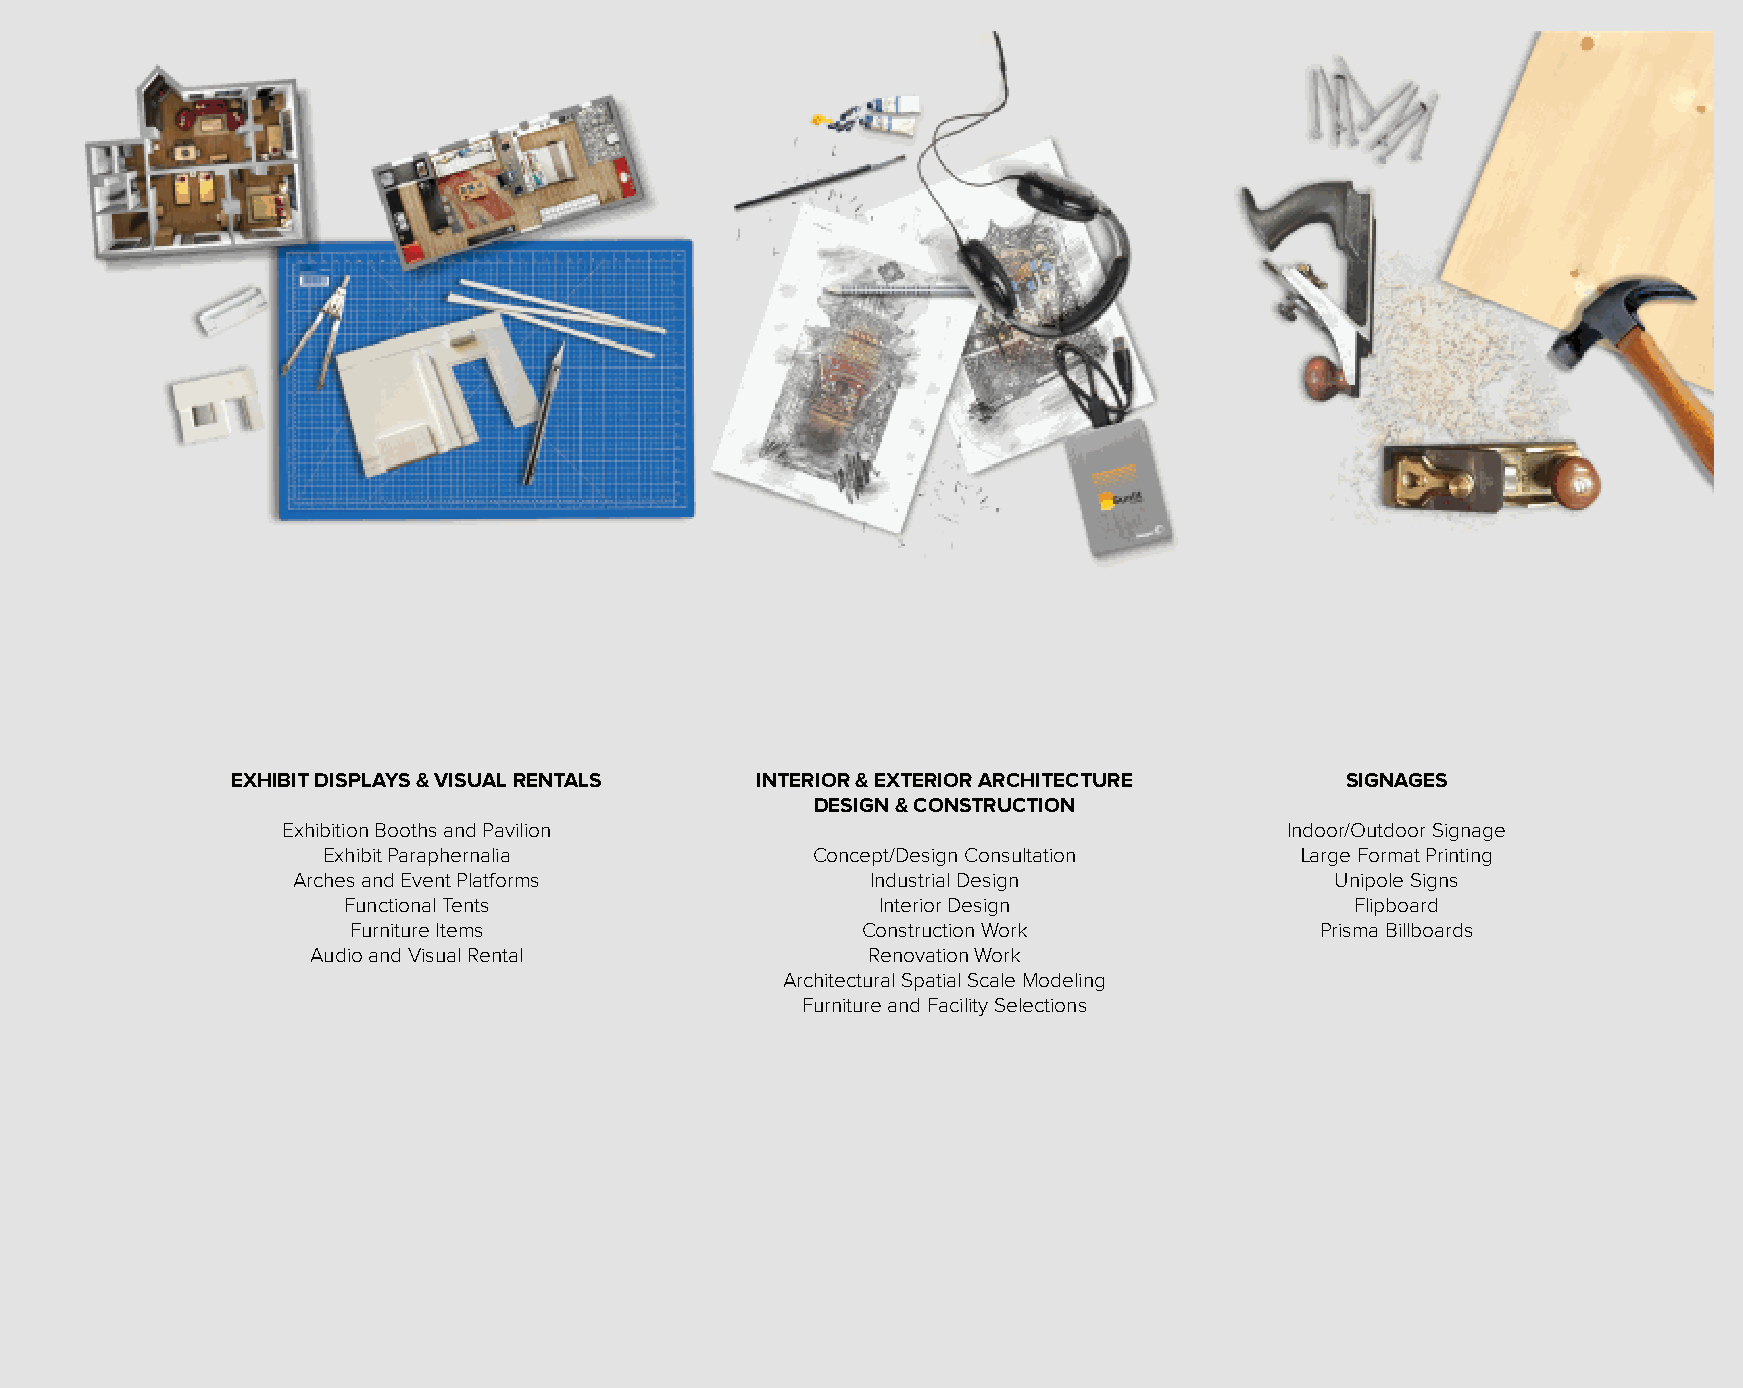
EXHIBIT DISPLAYS & VISUAL RENTALS  INTERIOR & EXTERIOR ARCHITECTURE       SIGNAGES
 DESIGN & CONSTRUCTION
 Exhibition Booths and Pavilion                                    Indoor/Outdoor Signage
 Exhibit Paraphernalia            Concept/Design Consultation     Large Format Printing
 Arches and Event Platforms             Industrial Design             Unipole Signs
 Functional Tents                   Interior Design                 Flipboard
 Furniture Items                   Construction Work             Prisma Billboards
 Audio and Visual Rental             Renovation Work
 Architectural Spatial Scale Modeling
 Furniture and Facility Selections